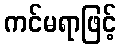
ကင်မရာဖြင့်